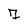
Character: 7